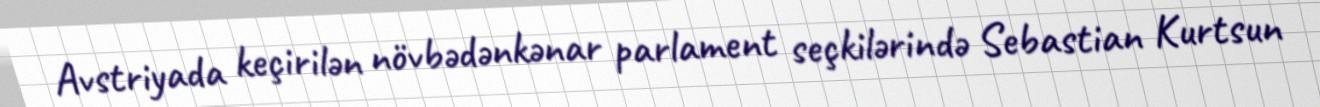
Avstriyada keçirilən növbədənkənar parlament seçkilərində Sebastian Kurtsun